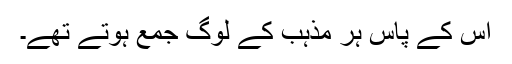
اس کے پاس ہر مذہب کے لوگ جمع ہوتے تھے۔